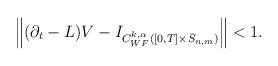
LaTeX: \begin{align*}\begin{aligned}\left\|(\partial_t-L)V-I_{C^{k,\alpha}_{WF}([0,T]\times\bar S_{n,m})}\right\| <1.\end{aligned}\end{align*}